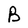
Character: B